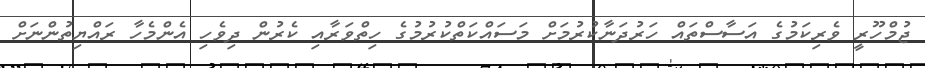
ޖުމްހޫރީ ވެރިކަމުގެ އަސާސްތައް ހަރުދަނާކުރުމަށް މަސައްކަތްކުރުމުގެ ހިތްވަރާއި ކެރުން ދިވެހި އެންމެހާ ރައްޔިތުންނަށް